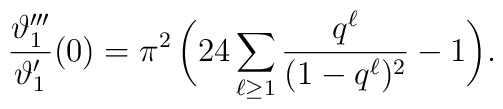
\frac{\vartheta_1'''}{\vartheta_1'}(0)=\pi^2\,\biggl(		24\sum_{\ell\geq 1}\frac{q^\ell}{(1-q^\ell)^2}-1\biggr).